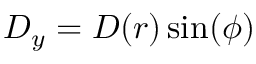
D _ { y } = D ( r ) \sin ( \phi )